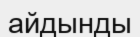
айдынды